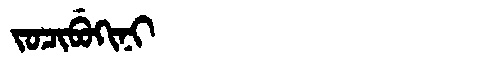
Manchu: ᠵᠣᠴᡳᠪᡠᡴᡳᠨᡳ
Romanization: JOCIBUKINI